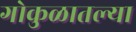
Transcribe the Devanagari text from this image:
गोकुळातल्या